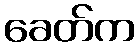
ခေတ်က